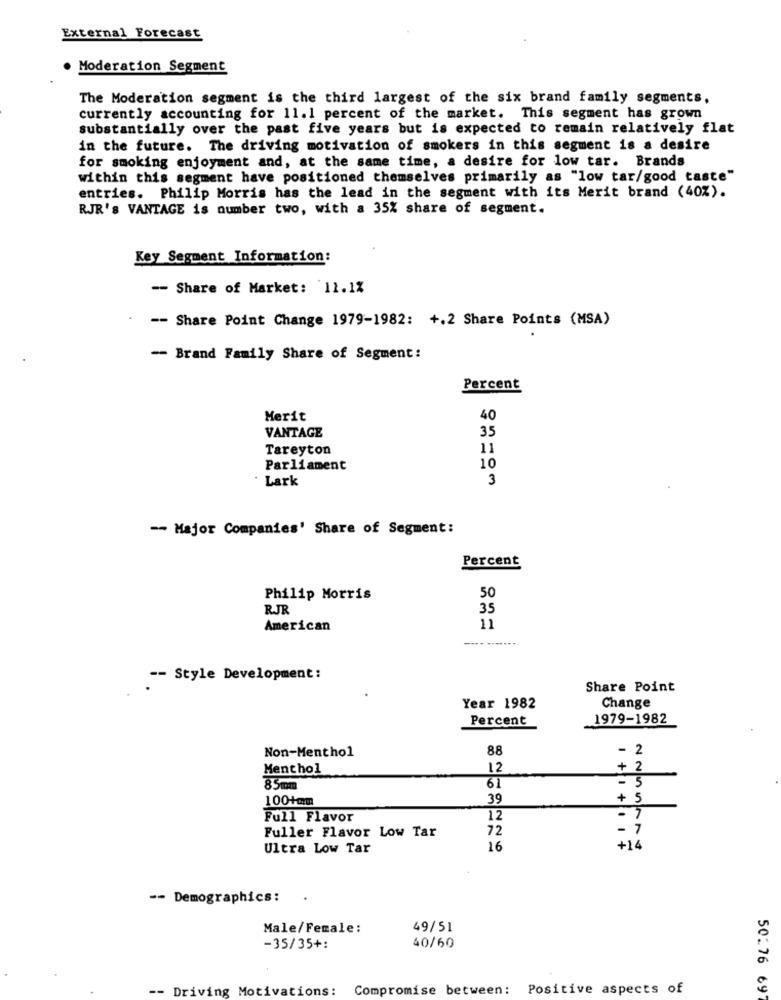
External Forecast
. Moderation Segment
The Moderation segment is the third largest of the six brand family segments,
currently accounting for 11.1 percent of the market. This segment has grown
substantially over the past five years but is expected to remain relatively flat
in the future. The driving motivation of smokers in this segment is a desire
for smoking enjoyment and, at the same time, a desire for low tar. Brands
within this segment have positioned themselves primarily as "low tar/good taste"
entries. Philip Morris has the lead in the segment with its Merit brand (40%).
RJR'S VANTAGE is number two, with a 35% share of segment.
Key Segment Information:
-- Share of Market: '11.1%
-- Share Point Change 1979-1982: +.2 Share Points (MSA)
- Brand Family Share of Segment:
Percent
Merit
40
VANTAGE
35
Tareyton
11
10
Parliament
Lark
3
-- Major Companies' Share of Segment:
Percent
Philip Morris
50
RJR
35
American
11
-- Style Development:
Share Point
Year 1982
Change
Percent
1979-1982
Non-Menthol
88
- 2
Menthol
12
+ 2
- 5
85mm
61
100+mm
39
+ 5
Full Flavor
12
Fuller Flavor Low Tar
72
- 7
Ultra Low Tar
16
+14
-- Demographics: .
Male/Female:
49/51
-35/35+:
40/60
-- Driving Motivations:
Compromise between:
Positive aspects of
50.76 697